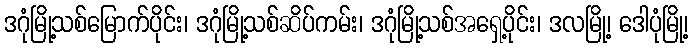
ဒဂုံမြို့သစ်မြောက်ပိုင်း၊ ဒဂုံမြို့သစ်ဆိပ်ကမ်း၊ ဒဂုံမြို့သစ်အရှေ့ပိုင်း၊ ဒလမြို့၊ ဒေါပုံမြို့၊